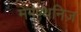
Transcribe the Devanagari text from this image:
मेगष्थनिज़